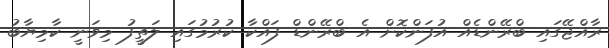
ރާއްޖޭގައި ބްރޭންޑެއް އުފަންކޮށް އެ ބްރޭންޑް ފައްކާ ކުރުމުގައި ލަތީފު މިވަނީ ކާމިޔާބު